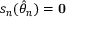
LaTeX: s _ { n } ( { \hat { \theta } } _ { n } ) = \mathbf { 0 }